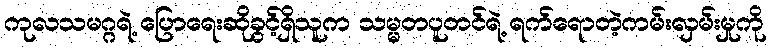
ကုလသမဂ္ဂရဲ့ ပြောရေးဆိုခွင့်ရှိသူက သမ္မတပူတင်ရဲ့ ရက်ရောတဲ့ကမ်းလှမ်းမှုကို